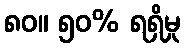
၈၀။ ၅၀% ရရှိမှု